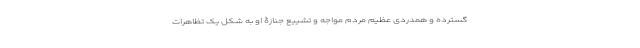
گسترده و همدردی عظیم مردم مواجه و تشییع جنازۀ او به شکل یک تظاهرات